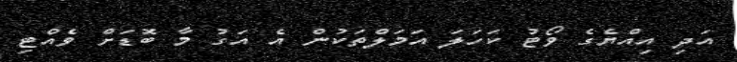
އަދި އިއްޔެގެ ވޯޓު ކަހަލަ އަމަލްތަކުން އެ އަގު މާ ބޮޑަށް ވެއްޓި